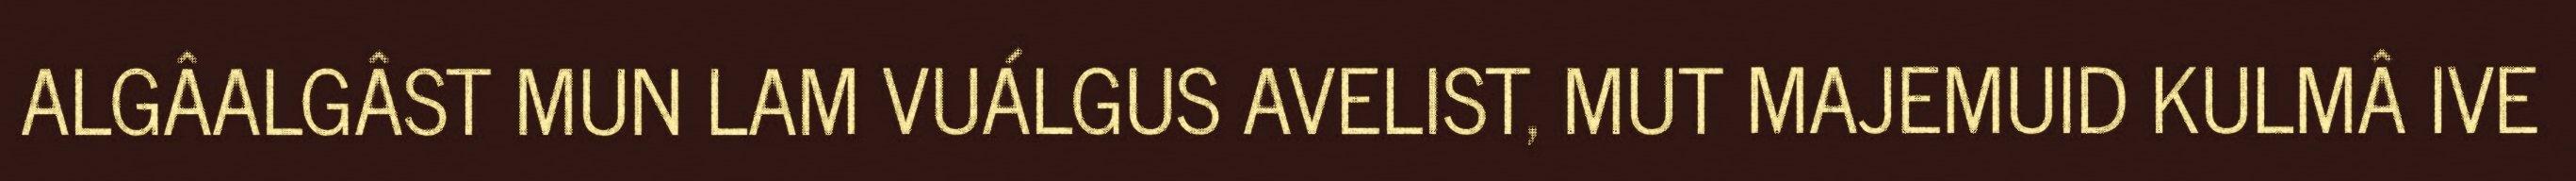
ALGÂALGÂST MUN LAM VUÁLGUS AVELIST, MUT MAJEMUID KULMÂ IVE